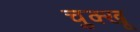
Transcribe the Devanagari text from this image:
चुक्खू